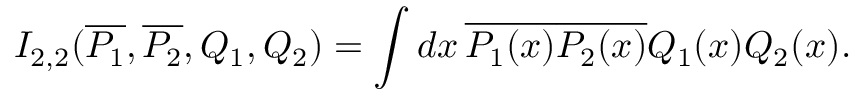
I _ { 2 , 2 } ( \overline { { { P _ { 1 } } } } , \overline { { { P _ { 2 } } } } , Q _ { 1 } , Q _ { 2 } ) = \int d x \, \overline { { { P _ { 1 } ( x ) } } } \overline { { { P _ { 2 } ( x ) } } } Q _ { 1 } ( x ) Q _ { 2 } ( x ) .